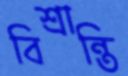
বিশ্রান্তি